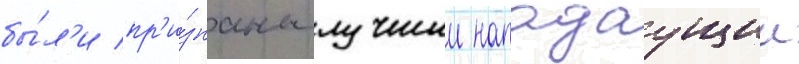
бы́л'и пр'и́знаны лучшии нападаущии